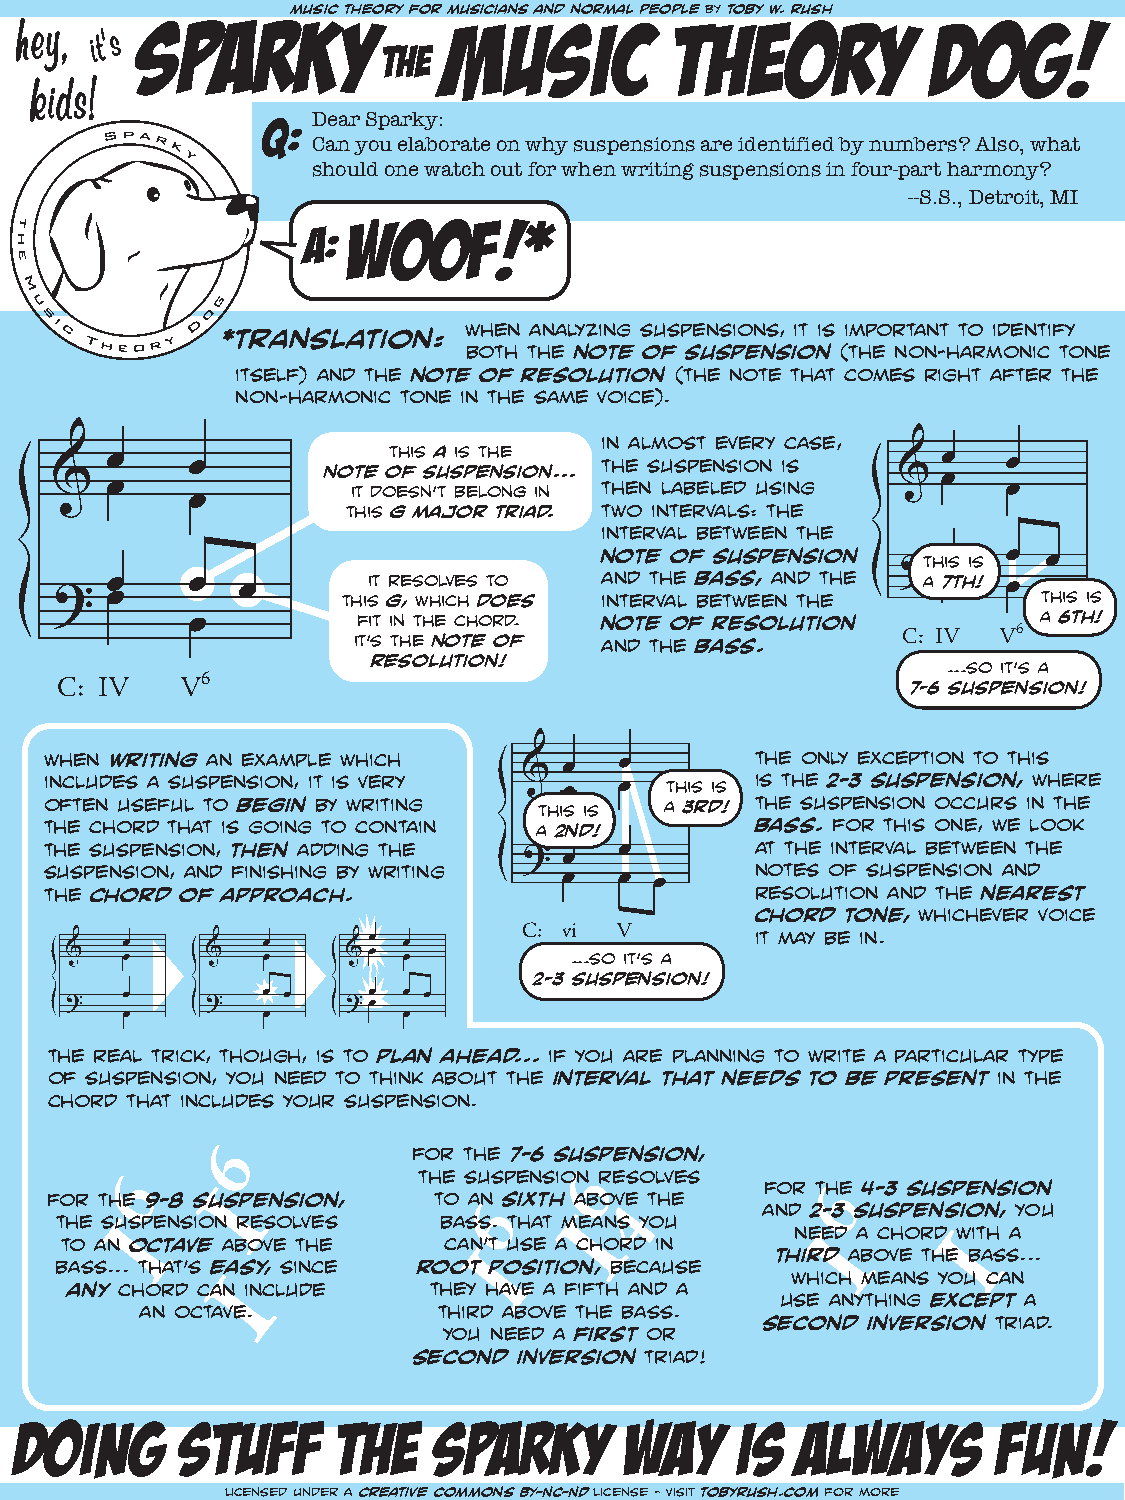
music theory for musicians and normal people by toby w. rush
 Sparky              music           theory           dog!
 Hey, it’s
 the
 kids!
 Q:  Dear Sparky:
 Can you elaborate on why suspensions are identified by numbers? Also, what
 should one watch out for when writing suspensions in four-part harmony?
 --S.S., Detroit, MI
 WOOF!*
 A:
 when analyzing suspensions, it is important to identify
 *translation:
 both the note of suspension (the non-harmonic tone
 itself) and the note of resolution (the note that comes right after the
 non-harmonic tone in the same voice).
 in almost every case,
 this a is the
 the suspension is
 note of suspension...
 it doesn’t belong in then labeled using
 this g major triad. two intervals: the
 interval between the
 note of suspension   this is
 it resolves to  and the bass, and the a 7th!
 this g, which does interval between the       this is
 fit in the chord. note of resolution         a 6th!
 it’s the note of and the bass.       C: IV V6
 resolution!                           ...so it’s a
 C: IV   V6                                              7-6 suspension!
 when writing an example which                  the only exception to this
 includes a suspension, it is very        this is is the 2-3 suspension, where
 often useful to begin by writing this is a 3rd! the suspension occurs in the
 the chord that is going to contain a 2nd!      bass. for this one, we look
 the suspension, then adding the                at the interval between the
 suspension, and finishing by writing           notes of suspension and
 the chord of approach.                         resolution and the nearest
 chord tone, whichever voice
 C: vi V
 it may be in.
 ...so it’s a
 2-3 suspension!
 the real trick, though, is to plan ahead... if you are planning to write a particular type
 of suspension, you need to think about the interval that needs to be present in the
 chord that includes your suspension.
 6
 for the 7-6 suspension,
 6        4          the suspension6 resolves
 I                                    for th6e 4-3 suspension
 f to hr
 e
 t sh uIe
 s
 p9 e- n8
 s
 is ou ns rp ee sn os li vo en s, t bo
 a
 sa sn 6
 .
 s thix at th
 m
 Ia eb ao nv s4e yt oh ue and 2-3 suspension, you
 neIed a chordI with a
 to an octave above the   canI’t use a chord in
 third above the bass...
 bass... that’s easy, since root position, because
 I                                    which means you can
 any chord can include   they have a fifth and a
 use anything except a
 an octave.          third above the bass.
 second inversion triad.
 you need a first or
 second inversion triad!
 DOING      STUFF     THE    SPARKY      WAY     IS  ALWAYS       FUN!
 licensed under a creative commons BY-NC-ND license - visit tobyrush.com for more